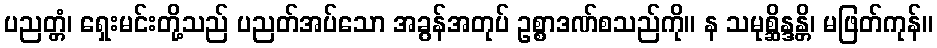
ပညတ္တံ၊ ရှေးမင်းတို့သည် ပညတ်အပ်သော အခွန်အတုပ် ဥစ္စာဒဏ်စသည်ကို။ န သမုစ္ဆိန္ဒန္တိ၊ မဖြတ်ကုန်။